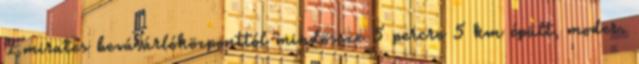
Emirates bevásárlóközponttól mindössze 5 percre 5 km épült, moder.